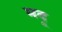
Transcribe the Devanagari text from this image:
मदू